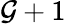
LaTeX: \mathcal{G}+1